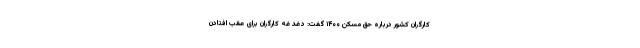
کارگران کشور درباره حق مسکن ۱۴۰۰ گفت: دغدغه کارگران برای عقب افتادن